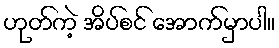
ဟုတ်ကဲ့ အိပ်စင် အောက်မှာပါ။